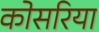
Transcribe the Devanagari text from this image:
कोसरिया